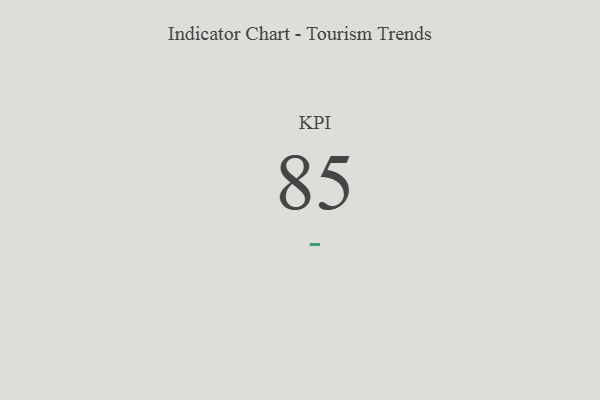
{"axis": {"x": "KPI", "y": "Value"}, "legend": [""], "data": [{"x": "KPI", "y": 85, "type": ""}]}